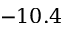
- 1 0 . 4